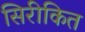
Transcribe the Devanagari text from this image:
सिरीकित